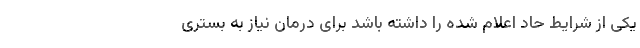
یکی از شرایط حاد اعلام شده را داشته باشد برای درمان نیاز به بستری